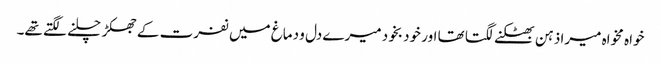
خواہ مخواہ میرا ذہن بھٹکنے لگتا تھا اور خود بخود میرے دل و دماغ میں نفرت کے جھکڑ چلنے لگتے تھے۔